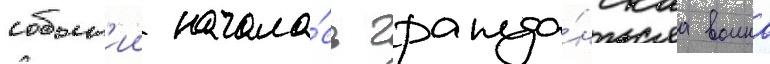
событ'ии начала́сь гражда́нскаа воина